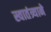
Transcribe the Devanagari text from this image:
स्वातंत्र्याने